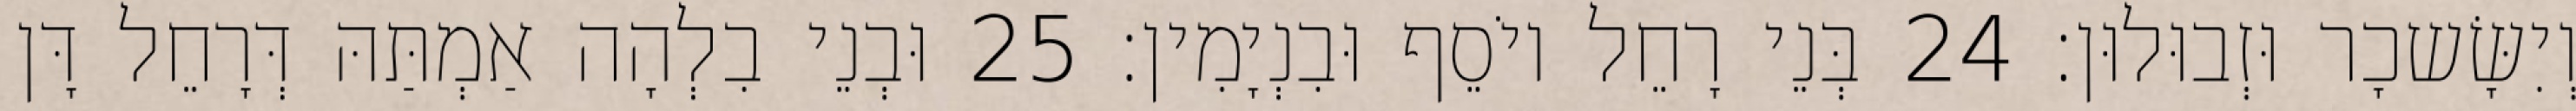
וְיִשָּׂשכָר וּזְבוּלוּן׃ 24 בְּנֵי רָחֵל יוֹסֵף וּבִנְיָמִין׃ 25 וּבְנֵי בִלְהָה אַמְתַּהּ דְּרָחֵל דָּן